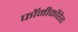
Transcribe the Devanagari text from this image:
फॉनीकॉप्टेरा